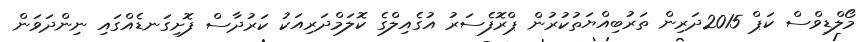
މޯލްޑިވްސް ކަޕް 2015ދަރިން ތަރުބިއްޔަތުކުރުން ޕްރޮފެސަރު އުގެއިލްގެ ކޮލަމްދަރިއަކު ކަރުދާސް ފޮށިގަނޑެއްގައި ނިންދަވަން